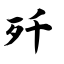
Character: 歼